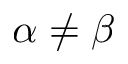
\alpha \neq \beta